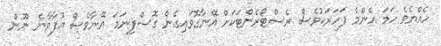
ހެއްޔެވެ ހަމަ އެންމެ ފަހަރަކުވެސް ރެސްޓޯރެންޓަކަށް އޭނާގޮވައިގެން ގޮސްފިނަމަ އޭނާވެސް އުފާވާނެ ނޫން